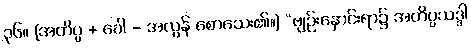
၃၆။ [အတိပ္ပ + ခေါ - အလွန် စောသေး၏။] “ဗျဉ်းနှောင်းရာ၌ အတိပ္ပသဒ္ဒါ